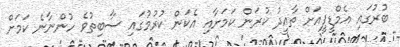
ބުރުގައި އެމްޑީޕީއަށް ތާއީދު ކުރަން ކަމަށާއި އެކަން ކުރުމުގައި ސާބިތުވެ ހުންނާނެ ކަމަށް